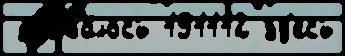
 удава́лось 191112 зд'есь